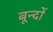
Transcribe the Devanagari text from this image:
बून्दों